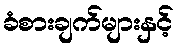
ခံစားချက်များနှင့်